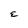
Character: E